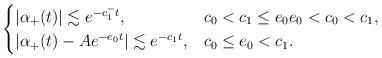
LaTeX: \begin{align*}\begin{cases}|\alpha_+ (t)| \lesssim e^{-c_1^- t}, & c_0 < c_1 \le e_0 e_0 < c_0 < c_1, \\|\alpha_+(t) - A e^{-e_0 t} | \lesssim e^{-c_1 t}, & c_0 \le e_0 < c_1.\end{cases}\end{align*}